Annual report on the working of the mental hospitals in the Madras Presidency - 1912-1932
Year: 1912
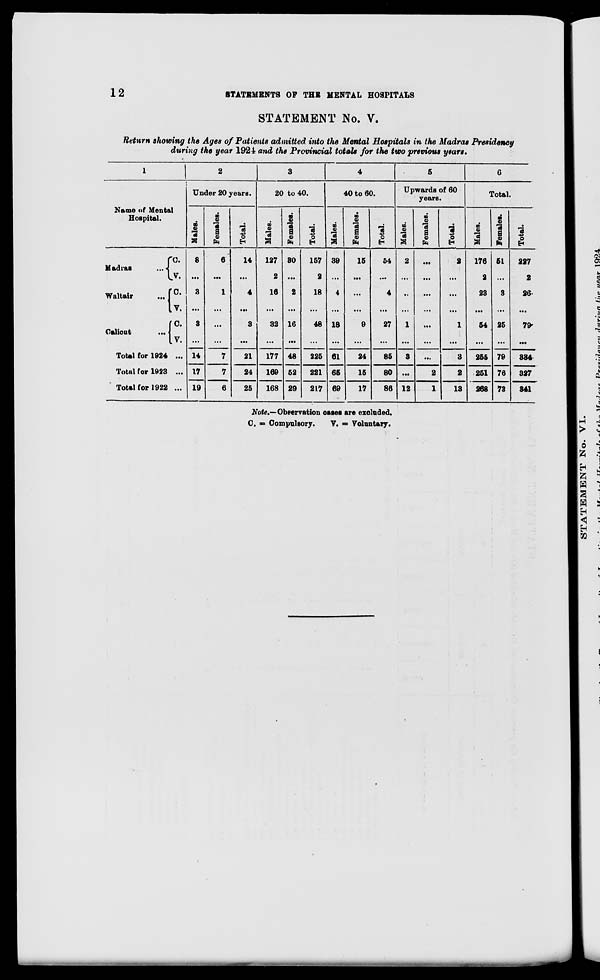
12
STATEMENTS OF THE MENTAL HOSPITALS
STATEMENT No. V.
Return showing the Ages of Patients admitted into the Mental Hospitals in the Madras Presidency
during the year 1924 and the Provincial totals for the two previous years.
1
Name of Mental
Hospital.
Madras
...
Waltair
...
Calicut
...
C.
V.
C.
V.
C.
V.
Total for 1924 ...
Total for 1923 ...
Total for 1922 ...
2
Under 20 years.
Males.
8
...
3
...
3
...
14
17
19
Females.
6
...
1
...
...
...
7
7
6
Total.
14
...
4
...
3
...
21
24
25
3
20 to 40.
Males.
127
2
16
...
32
...
177
169
168
Females.
30
...
2
...
16
...
48
52
29
Total.
157
2
18
...
48
...
225
221
217
4
40 to 60.
Males.
39
...
4
...
18
...
61
65
69
Females.
15
...
...
...
9
...
24
15
17
Total.
54
...
4
...
27
...
85
80
86
5
Upwards of 60
years.
Males.
2
...
...
...
1
...
3
...
12
Females.
...
...
...
...
...
...
...
2
1
Total.
2
...
...
...
1
...
3
2
13
6
Total.
Males.
176
2
23
...
54
...
255
251
268
Females.
51
...
3
...
25
...
79
76
73
Total.
227
2
26
...
79
...
334
327
341
Note.— Observation cases are excluded.
C. = Compulsory. V.= Voluntary.